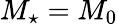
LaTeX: M_{\star}=M_{0}